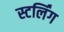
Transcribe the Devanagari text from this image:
स्टर्लिंग